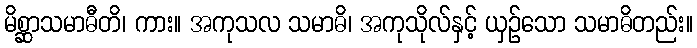
မိစ္ဆာသမာဓီတိ၊ ကား။ အကုသလ သမာဓိ၊ အကုသိုလ်နှင့် ယှဉ်သော သမာဓိတည်း။